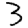
Digit: 3